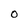
Character: O